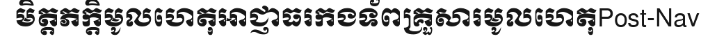
មិត្តភក្តិមូលហេតុអាជ្ញាធរកងទ័ពគ្រួសារមូលហេតុPost-Nav